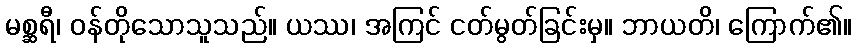
မစ္ဆရီ၊ ဝန်တိုသောသူသည်။ ယဿ၊ အကြင် ငတ်မွတ်ခြင်းမှ။ ဘာယတိ၊ ကြောက်၏။